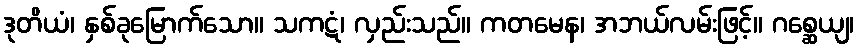
ဒုတိယံ၊ နှစ်ခုမြောက်သော။ သကဋံ၊ လှည်းသည်။ ကတမေန၊ အဘယ်လမ်းဖြင့်။ ဂစ္ဆေယျ၊